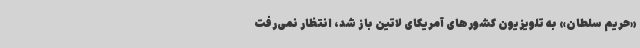
«حریم سلطان» به تلویزیون کشورهای آمریکای لاتین باز شد، انتظار نمی‌رفت